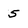
Character: 5